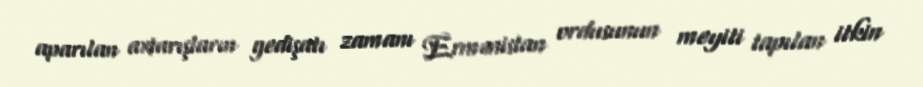
aparılan axtarışların gedişatı zamanı Ermənistan ordusunun meyiti tapılan itkin